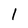
Character: l